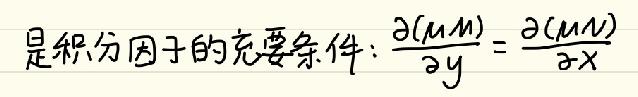
是积分因子的充要条件：$\frac{\partial(\mu M)}{\partial y}=\frac{\partial(\mu N)}{\partial x}$